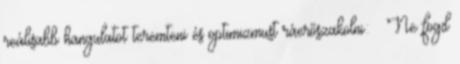
reálisabb hangulatot teremteni és optimizmust ráerőszakolni: – Ne fogd